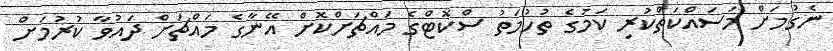
ނެގުމަށް މަސައްކަތްކުރި ކަމުގެ ތުހުމަތު ސްކޮޓްގެ މައްޗަށްކޮށް އޭނާގެ މައްޗަށް ދައުވާ ކުރުމަށް